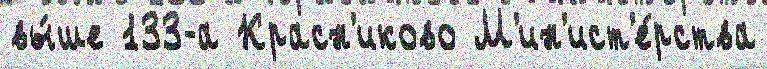
вы́ше 133-а Красн'иково М'ин'ист'е́рства